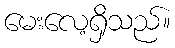
မေးလေ့ရှိသည်။